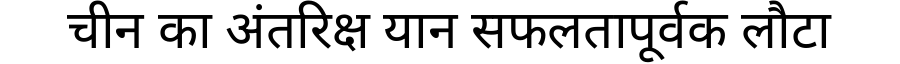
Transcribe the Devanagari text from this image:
चीन का अंतरिक्ष यान सफलतापूर्वक लौटा